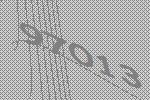
97013